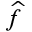
\widehat { f }